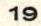
19